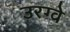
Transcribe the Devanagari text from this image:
उरग्वे